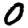
Digit: 0